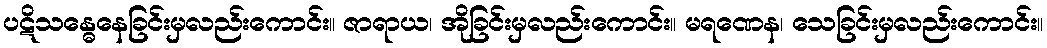
ပဋိသန္ဓေနေခြင်းမှလည်းကောင်း။ ဇာရာယ၊ အိုခြင်းမှလည်းကောင်း။ မရဏေန၊ သေခြင်းမှလည်းကောင်း။